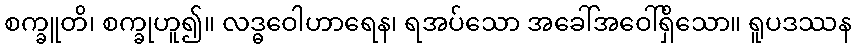
စက္ခူတိ၊ စက္ခုဟူ၍။ လဒ္ဓဝေါဟာရေန၊ ရအပ်သော အခေါ်အဝေါ်ရှိသော။ ရူပဒဿန